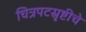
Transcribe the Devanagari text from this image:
चित्रपटस्रृष्टीचे